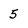
Character: 5